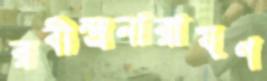
রবীন্দ্রনারায়ণ